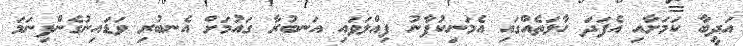
އަދީބާ ކަމަށާއި އެފަދަ ހާލަތެއްގައި އެމަނިކުފާނު ފިއްލަވައި އަނބުރާ ގައުމަށް އެނބުރި ވަޑައިނުގެންފިނަމަ